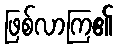
ဖြစ်လာကြ၏